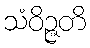
သံဝိဉ္ဇတိ